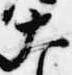
大